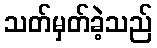
သတ်မှတ်ခဲ့သည်